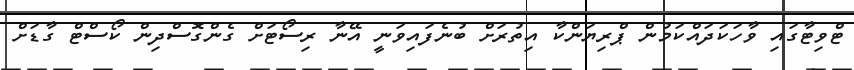
ޓްވިޓާގައި ވާހަކަދައްކަމުން ޕްރިޔަންކާ އިތުރަށް ބުނެފައިވަނީ އޭނާ ރިސޯޓަށް ގެންގޮސްދިން ކޯސްޓް ގާޑަށް